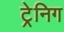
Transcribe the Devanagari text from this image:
ट्रेनिग